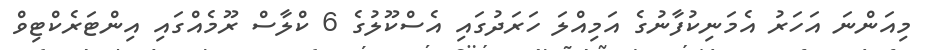
މިއަންނަ އަހަރު އެމަނިކުފާނުގެ އަމިއްލަ ހަރަދުގައި އެސްކޫލުގެ 6 ކްލާސް ރޫމެއްގައި އިންޓަރެކްޓިވް